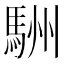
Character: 駲